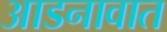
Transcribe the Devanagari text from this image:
आडनावात